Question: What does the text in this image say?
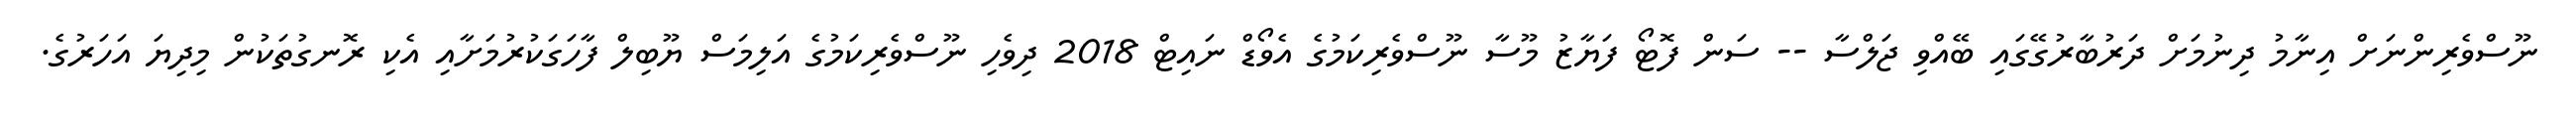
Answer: ނޫސްވެރިންނަށް އިނާމު ދިނުމަށް ދަރުބާރުގޭގައި ބޭއްވި ޖަލްސާ -- ސަން ފޮޓޯ ފަޔާޒު މޫސާ ނޫސްވެރިކަމުގެ އެވޯޑް ނައިޓް 2018 ދިވެހި ނޫސްވެރިކަމުގެ އަލިމަސް ޔޫބިލް ފާހަގަކުރުމަށާއި އެކި ރޮނގުތަކުން މިދިޔަ އަހަރުގެ.